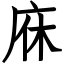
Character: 庥